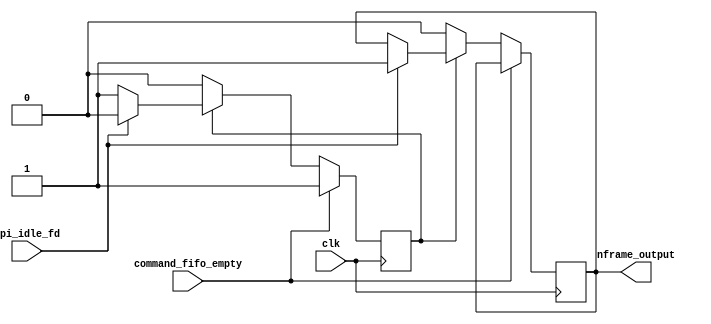
`timescale 1ns / 1ps
//////////////////////////////////////////////////////////////////////////////////
// Company: 
// Engineer: 
// 
// Design Name: 
// Module Name:    generate_frame 
// Project Name: 
// Target Devices: 
// Tool versions: 
// Description: 
//
// Dependencies: 
//
// Revision: 
// Revision 0.01 - File Created
// Additional Comments: 
//
//////////////////////////////////////////////////////////////////////////////////
module generate_frame(
								clk,nframe_output,
								command_fifo_empty,spi_idle_fd
							);
							
		 input clk ;
		 input command_fifo_empty ;
		 input spi_idle_fd ;
		 output nframe_output;
		 reg    nframe_output;
		 
		 reg nframe_flag ;
		 
		 always @ ( posedge clk )
			begin
				if ( command_fifo_empty )
					nframe_flag <= 1 ;
				else
					if ( nframe_flag )
						begin
							if ( spi_idle_fd )
								begin
									nframe_flag <= 0 ;
									nframe_output <= 1 ;
								end
						end
					else
						begin
							nframe_output <= 0;
						end
			end


endmodule